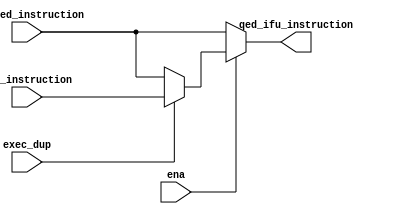
module qed_instruction_mux (/*AUTOARG*/
   // Outputs
   qed_ifu_instruction,
   // Inputs
   ifu_qed_instruction, qed_instruction, //mode,
    ena, exec_dup
   );

   input [31:0] ifu_qed_instruction;
   input [31:0] qed_instruction;
//   input [2:0]  mode;
   input 	exec_dup;
   input        ena;
   
   output [31:0] qed_ifu_instruction;

  // assign padded_qed_instruction = {ifu_qed_instruction[32], qed_instruction[31:0]};
   
   
   // assign qed_ifu_instruction = ena ? ((mode == `ORIGINAL_MODE) ? ifu_qed_instruction :
   //                                     (mode == `DUP_MODE) ? padded_qed_instruction : 
   //                                     32'h0_0100_0000) : 
   //                              ifu_qed_instruction;

   assign qed_ifu_instruction = ena ? ((exec_dup == 1'b0) ? ifu_qed_instruction : qed_instruction) : 
                                ifu_qed_instruction;
   
endmodule